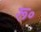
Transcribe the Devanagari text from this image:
रू॰